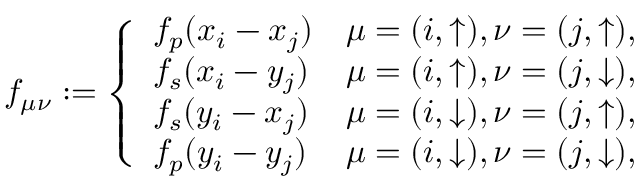
f _ { \mu \nu } : = \left\{ \begin{array} { l l } { f _ { p } ( x _ { i } - x _ { j } ) } & { \mu = ( i , \uparrow ) , \nu = ( j , \uparrow ) , } \\ { f _ { s } ( x _ { i } - y _ { j } ) } & { \mu = ( i , \uparrow ) , \nu = ( j , \downarrow ) , } \\ { f _ { s } ( y _ { i } - x _ { j } ) } & { \mu = ( i , \downarrow ) , \nu = ( j , \uparrow ) , } \\ { f _ { p } ( y _ { i } - y _ { j } ) } & { \mu = ( i , \downarrow ) , \nu = ( j , \downarrow ) , } \end{array} \right.